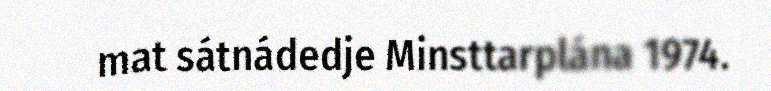
mat sátnádedje Minsttarplána 1974.